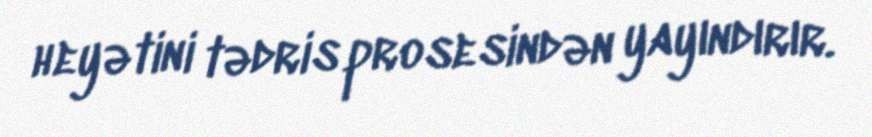
heyətini tədris prosesindən yayındırır.